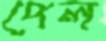
পেল